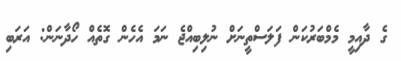
ގެ ދާއިމީ މެމްބަރުކަން ފަލަސްތީނަށް ނުލިބިއްޖެ ނަމަ އެހެން ގޮތެއް ހޯދާނަން: އަރަބި